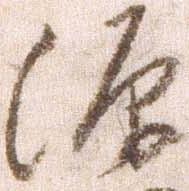
源